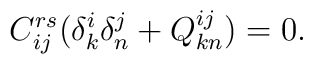
C^{rs}_{ij}(\delta ^i_k \delta ^j_n+Q^{ij}_{kn})=0.